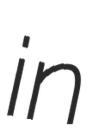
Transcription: in